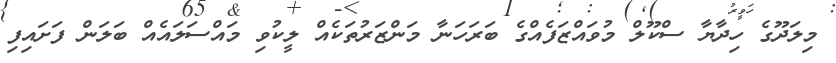
މިލަދޫގެ ހިދާޔާ ސްކޫލް މުވައްޒަފެއްގެ ބަރަހަނާ މަންޒަރުތަކެއް ލީކުވި މައްސަލައެއް ބަލަން ފަށައިފި